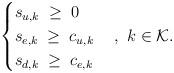
LaTeX: \begin{align*}\begin{cases} s_{u,k} \;\ge\; 0 \\ s_{e,k} \;\ge\; c_{u,k} \\ s_{d,k} \;\ge\; c_{e,k} \\ \end{cases} ,~ k \in \mathcal K.\end{align*}